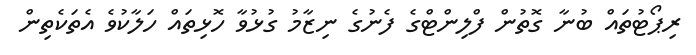
ރިޕޯޓުތައް ބުނާ ގޮތުން ފްލިންޓްގެ ފެނުގެ ނިޒާމު ގުޅުވާ ހޮޅިތައް ހަލާކުވެ އެތަކެތިން